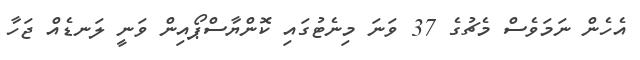
އެހެން ނަމަވެސް މެޗުގެ 37 ވަނަ މިނެޓުގައި ކޮންޔާސްޕޯއިން ވަނީ ލަނޑެއް ޖަހާ